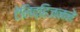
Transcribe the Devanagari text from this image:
टेलिव्हिजनने